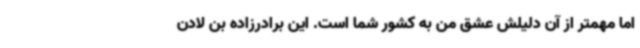
اما مهمتر از آن دلیلش عشق من به کشور شما است. این برادرزاده بن لادن